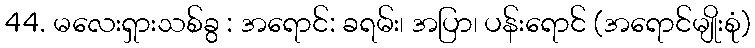
44. မလေးရှားသစ်ခွ : အရောင်: ခရမ်း၊ အပြာ၊ ပန်းရောင် (အရောင်မျိုးစုံ)